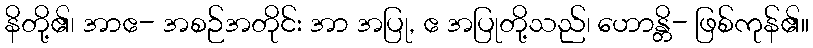
နိတို့၏၊ အာဧ- အစဉ်အတိုင်း အာ အပြု, ဧ အပြုတို့သည်၊ ဟောန္တိ- ဖြစ်ကုန်၏။